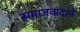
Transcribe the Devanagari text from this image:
समाजवादाने